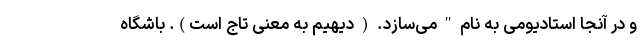
و در آنجا استادیومی به نام " می‌سازد. ( دیهیم به معنی تاج است). باشگاه